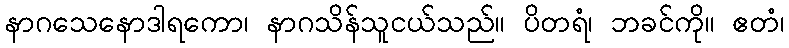
နာဂသေနောဒါရကော၊ နာဂသိန်သူငယ်သည်။ ပိတရံ၊ ဘခင်ကို။ ဧတံ၊